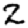
Digit: 2